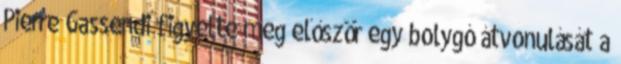
Pierre Gassendi figyelte meg először egy bolygó átvonulását a